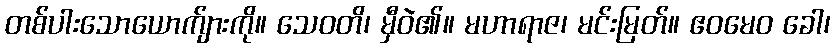
တစ်ပါးသောယောက်ျားကို။ သေဝတိ၊ မှီဝဲ၏။ မဟာရာဇ၊ မင်းမြတ်။ ဧဝမေဝ ခေါ၊